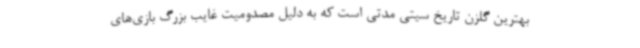
بهترین گلزن تاریخ سیتی مدتی است که به دلیل مصدومیت غایب بزرگ بازی‌های